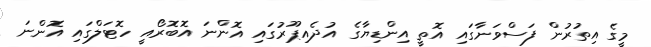
މީގެ އިތުރުން ފަސްވަނާގައި އޮތީ އިންޑިޔާގެ އުދެއިޕޫރުގައި އޮންނަ އޮބޮރޯއީ ހޮޓަލްގައި އޮންނަ